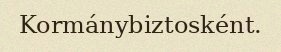
Kormánybiztosként.